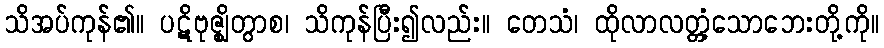
သိအပ်ကုန်၏။ ပဋိဗုဇ္ဈိတွာစ၊ သိကုန်ပြီး၍လည်း။ တေသံ၊ ထိုလာလတ္တံ့သောဘေးတို့ကို။